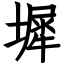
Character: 墀